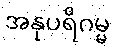
အနုပရိဂမ္မ